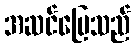
အဆင်ပြေသည်